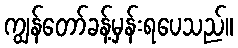
ကျွန်တော်ခန့်မှန်းရပေသည်။